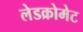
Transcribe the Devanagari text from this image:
लेडक्रोमेट